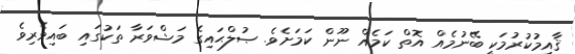
ޤާއިމުކުރުމަކީ ބޭނުމެއް އޮތް ކަމެއް ނޫން ކަމަށެވެ. ޞުލްޙައިގެ މަޝްވަރާ ތަކުގައި ބައިވެރިވެ